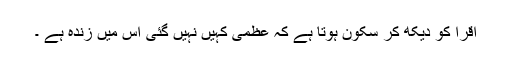
اقرا کو دیکھ کر سکون ہوتا ہے کہ عظمی کہیں نہیں گئی اس میں زندہ ہے ۔